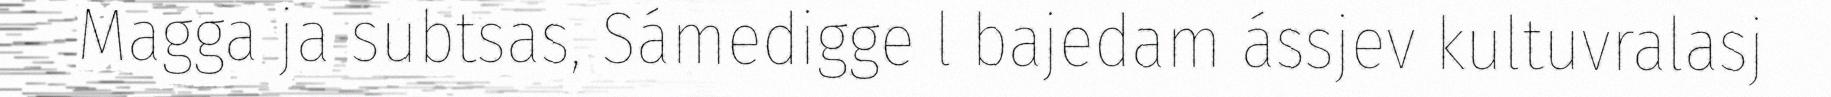
Magga ja subtsas, Sámedigge l bajedam ássjev kultuvralasj